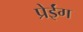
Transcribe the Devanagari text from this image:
प्रेईंग